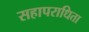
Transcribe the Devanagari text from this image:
सहापराधिता